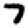
Digit: 7